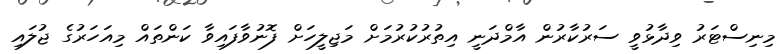
މިނިސްޓަރު ވިދާޅުވީ ސަރުކާރުން އާމްދަނީ އިތުރުކުރުމަށް މަޖިލީހަށް ފޮނުވާފައިވާ ކަންތައް މިއަހަރުގެ ޖުލައި